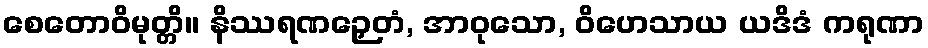
စေတောဝိမုတ္တိ။ နိဿရဏဉှေတံ, အာဝုသော, ဝိဟေသာယ ယဒိဒံ ကရုဏာ